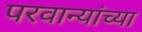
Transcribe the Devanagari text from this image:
परवान्यांच्या